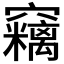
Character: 𱷠